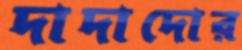
দাদাদোর